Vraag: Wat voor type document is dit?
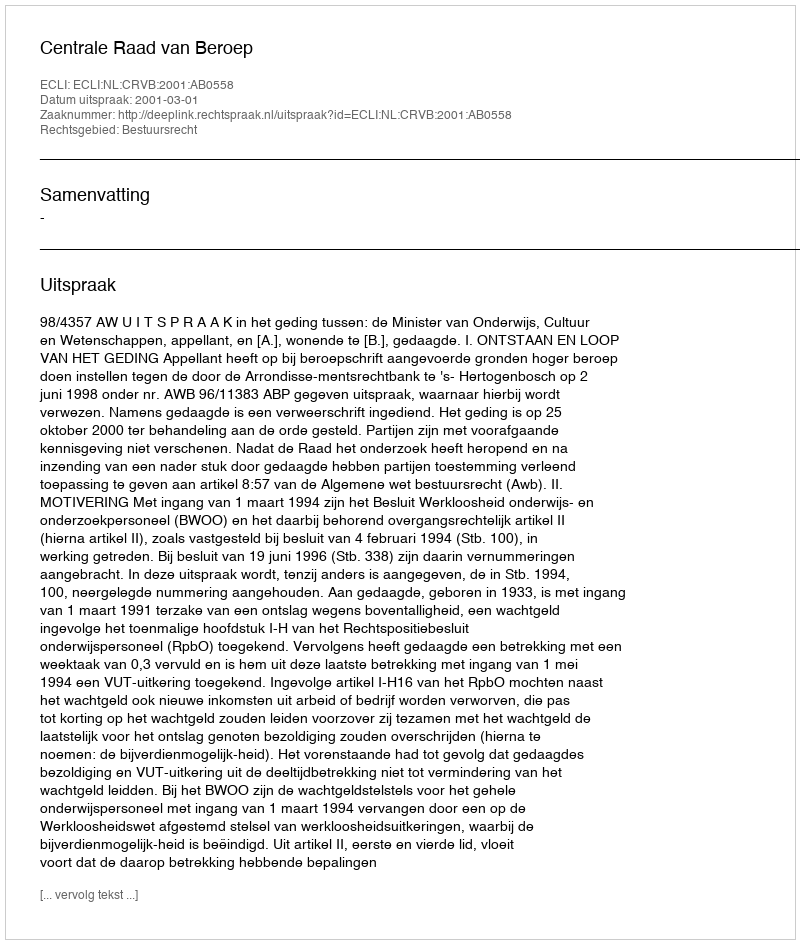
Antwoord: Uitspraak